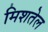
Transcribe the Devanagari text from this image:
मिशतेल